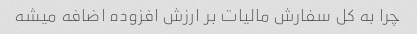
چرا به کل سفارش مالیات بر ارزش افزوده اضافه میشه